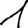
Digit: 1